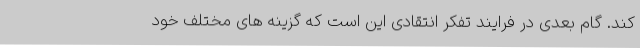
کند. گام بعدی در فرایند تفکر انتقادی این است که گزینه های مختلف خود